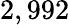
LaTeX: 2,992